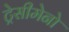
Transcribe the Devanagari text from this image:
ट्रेसीमेनो